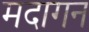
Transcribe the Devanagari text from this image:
मदागन